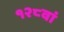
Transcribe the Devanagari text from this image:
१२८वां